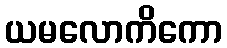
ယမလောကိကော